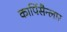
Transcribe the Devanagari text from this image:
कार्पिसैन्लार